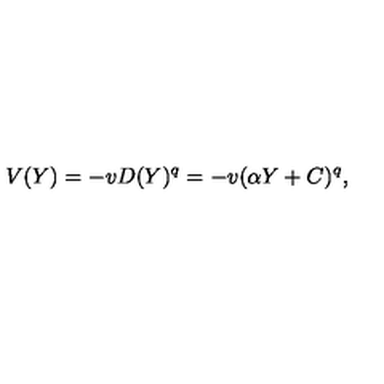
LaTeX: V ( Y ) = - v D ( Y ) ^ { q } = - v ( \alpha Y + C ) ^ { q } ,